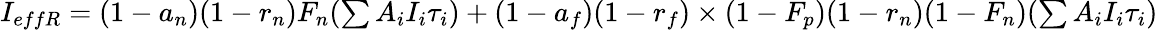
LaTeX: \begin{array}{r}{I_{effR}=(1-a_{n})(1-r_{n})F_{n}(\sum{A_{i}I_{i}\tau_{i}})+(1-a_{f})(1-r_{f})\times(1-F_{p})(1-r_{n})(1-F_{n})(\sum{A_{i}I_{i}\tau_{i}})}\end{array}